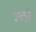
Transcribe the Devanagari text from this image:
उगाड़ी